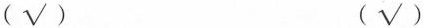
（√） （√）